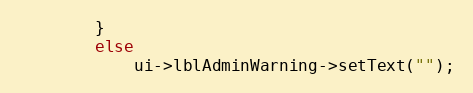
Language: C++
        }
        else
            ui->lblAdminWarning->setText("");